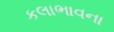
કલાભાવના